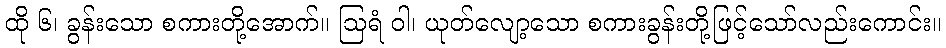
ထို ၆၊ ခွန်းသော စကားတို့အောက်။ ဩရံ ဝါ၊ ယုတ်လျော့သော စကားခွန်းတို့ဖြင့်သော်လည်းကောင်း။